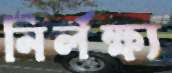
নির্লক্ষ্য